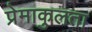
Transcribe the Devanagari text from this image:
प्रेमाकुलता